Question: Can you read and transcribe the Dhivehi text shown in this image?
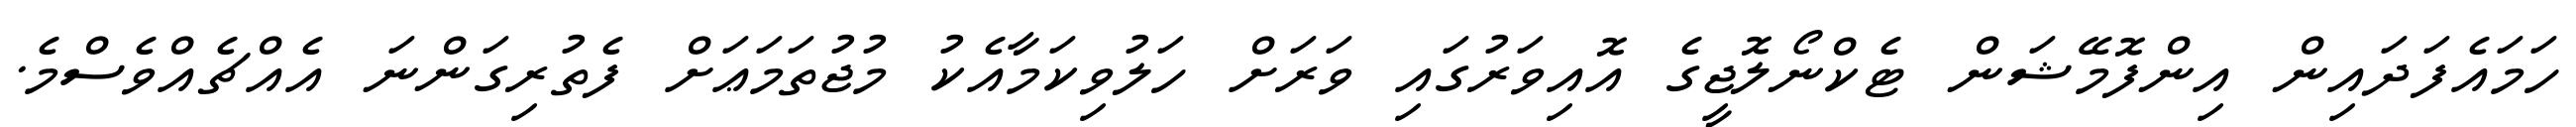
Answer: ހަމައެފަދައިން އިންފޮމޭޝަން ޓެކްނޯލޮޖީގެ އޮއިވަރުގައި ވަރަށް ހަލުވިކަމާއެކު މުޖުތަމަޢަށް ފެތުރިގަންނަ އެއްޗެއްވެސްމެ.